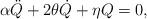
LaTeX: \begin{align*}\alpha\ddot{Q}+2\theta\dot{Q}+\eta Q=0, \end{align*}